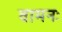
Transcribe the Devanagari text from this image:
वामनः